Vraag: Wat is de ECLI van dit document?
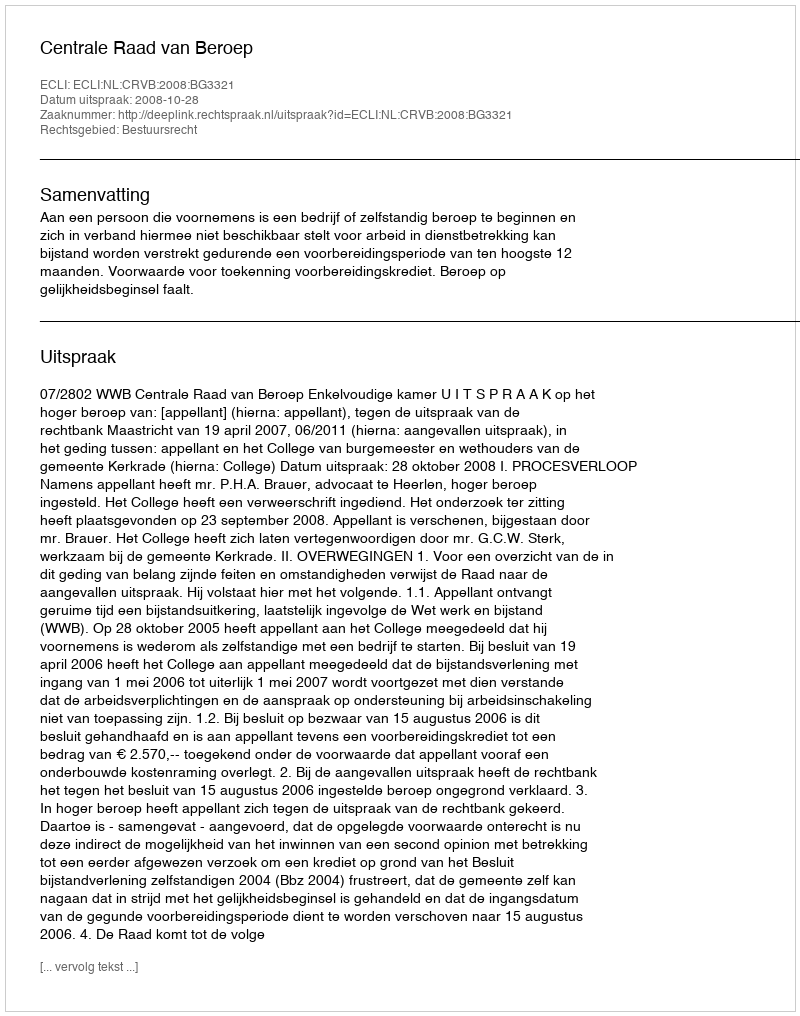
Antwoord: ECLI:NL:CRVB:2008:BG3321